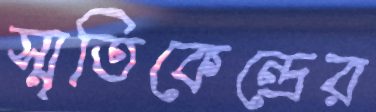
স্মৃতিকেন্দ্রের